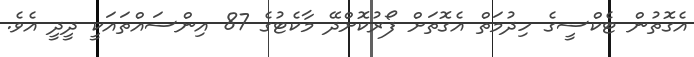
އެގޮތުން ޓެކްސީގެ ހިދުމަތް އެގޮތަށް ފޯރުކޮށްދޭ މާކެޓުގެ 87 އިންސައްތައަކީ ދީދީ އެވެ.